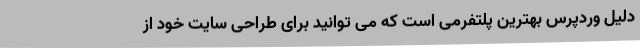
دلیل وردپرس بهترین پلتفرمی است که می توانید برای طراحی سایت خود از